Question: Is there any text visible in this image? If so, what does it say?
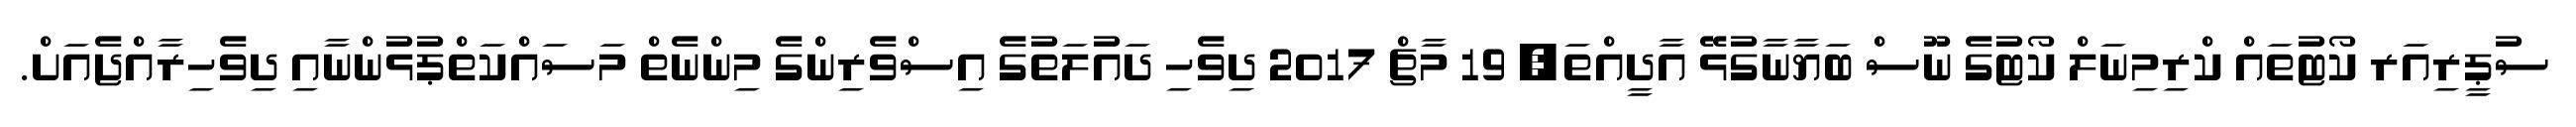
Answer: ސުޕީރިއަރ ކޯޓުތައް ކްރިމިނަލް ކޯޓުގެ ނޫސް ބަޔާނާގުޅޭ އާދީއްތަ, 19 މާޗް 2017 ދިވެހި ދައުލަތުގެ އިސްވެރިންގެ މިންނެތް މަސައްކަތްޕުޅުންނާއި ދިވެހިރާއްޖެއަށް.